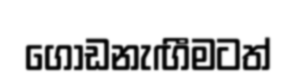
ගොඩනැඟීමටත්